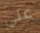
علي